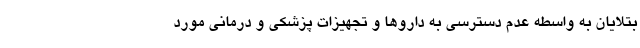
بتلایان به واسطه عدم دسترسی به داروها و تجهیزات پزشکی و درمانی مورد